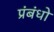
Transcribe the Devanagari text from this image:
प्रंबंधो